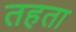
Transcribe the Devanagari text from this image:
तहता